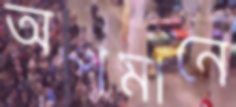
অপমানে